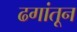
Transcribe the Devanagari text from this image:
ढगांतून